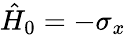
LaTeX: \hat{H}_{0}=-\sigma_{x}